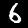
Label: 6